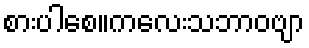
စားပါစေ။ကလေးသဘာဝဗျာ